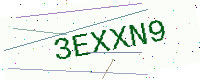
Text: 3EXXN9